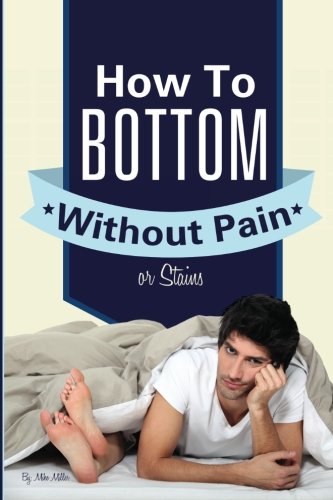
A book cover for How To Bottom Without Pain Or Stains; Mike Miller; Health, Fitness & Dieting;